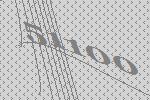
51100